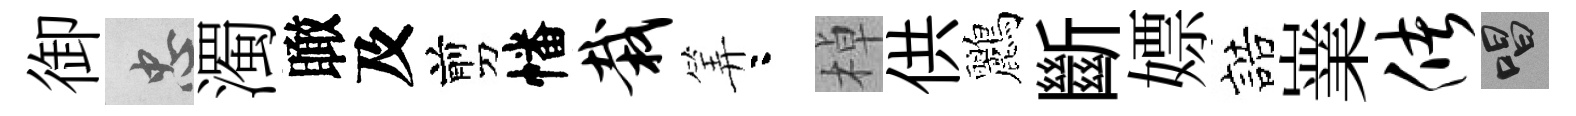
御忠濁瞰及剪幡栽筭咯棹供鸝斷嫖誥嶪储唱